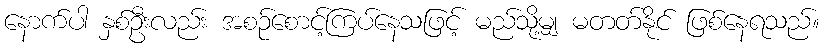
နောက်ပါ နှစ်ဦးလည်း အစဉ်စောင့်ကြပ်နေသဖြင့် မည်သို့မျှ မတတ်နိုင် ဖြစ်နေရသည်။